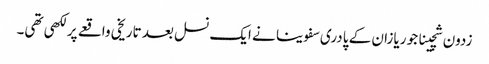
زدون شچینا جو ریازان کے پادری سفوینا نے ایک نسل بعد تاریخی واقعے پر لکھی تھی۔